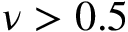
\nu > 0 . 5